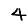
Digit: 4